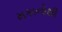
મકાનોથી